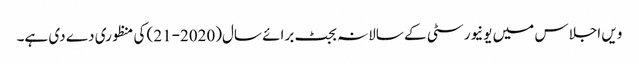
ویں اجلاس میں یونیورسٹی کے سالانہ بجٹ برائے سال(2020-21) کی منظوری دے دی ہے۔